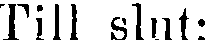
Till slut: